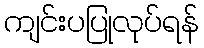
ကျင်းပပြုလုပ်ရန်